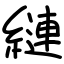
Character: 縺